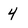
Character: 4